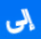
إلى